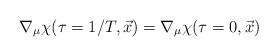
LaTeX: \begin{align*}\nabla_\mu\chi(\tau=1/T,\vec x)=\nabla_\mu\chi(\tau=0,\vec x)\end{align*}